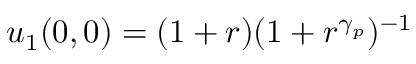
u _ { 1 } ( 0 , 0 ) = ( 1 + r ) ( 1 + r ^ { \gamma _ { p } } ) ^ { - 1 }